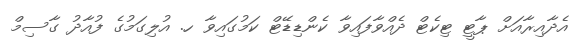
އެދާއިރާއަށް ޕާޓީ ޓިކެޓް ދެއްވާފައިވާ ކެންޑިޑޭޓް ކަމުގައިވާ ހ. އުލިގަމުގެ ފުއާދު ގާސިމް